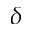
\delta